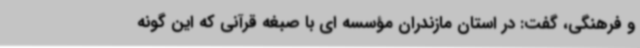
و فرهنگی، گفت: در استان مازندران مؤسسه ای با صبغه قرآنی که این گونه